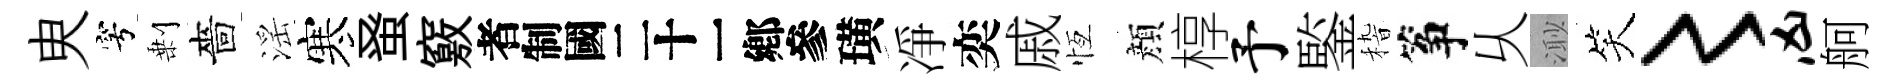
㬰穹剰嗇滛寒𫊫竅识璜凈奕戚恆顔椁予鍳𥟵筝乆𣺌笑〻凶舸